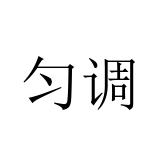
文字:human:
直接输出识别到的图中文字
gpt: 匀调